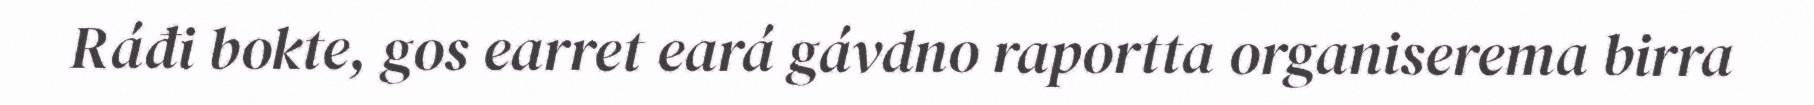
Ráđi bokte, gos earret eará gávdno raportta organiserema birra